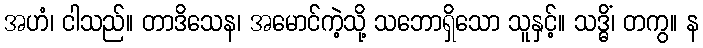
အဟံ၊ ငါသည်။ တာဒိသေန၊ အမောင်ကဲ့သို့ သဘောရှိသော သူနှင့်။ သဒ္ဓိံ၊ တကွ။ န